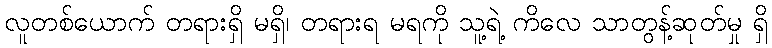
လူတစ်ယောက် တရားရှိ မရှိ၊ တရားရ မရကို သူ့ရဲ့ ကိလေ သာတွန့်ဆုတ်မှု ရှိ